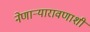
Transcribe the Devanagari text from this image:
नेणाऱ्यारावणाशी